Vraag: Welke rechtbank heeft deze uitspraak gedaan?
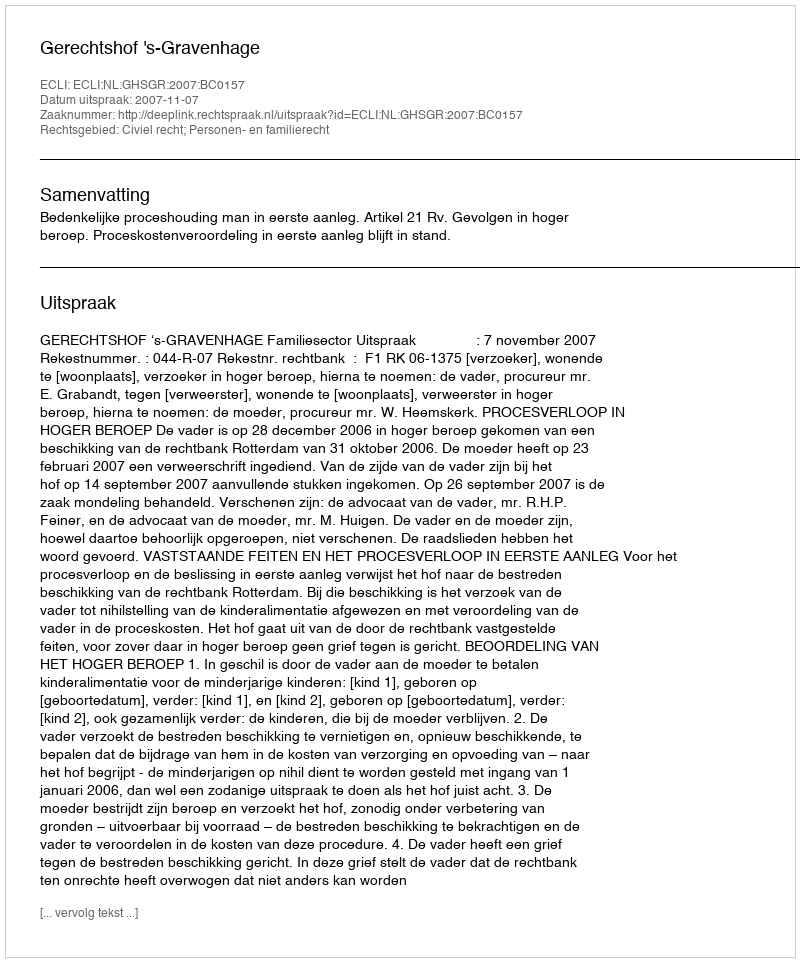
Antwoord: Gerechtshof 's-Gravenhage